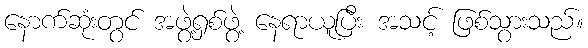
နောက်ဆုံးတွင် အဖွဲ့ရှစ်ဖွဲ့ နေရာယူပြီး အသင့် ဖြစ်သွားသည်။